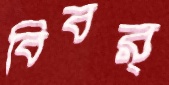
বিবর্